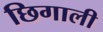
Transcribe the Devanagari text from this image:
छिगाली